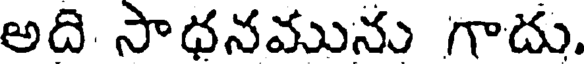
అది సాధనమును గాదు.